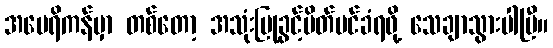
အမေရိကန်မှာ တစ်တော့ အသုံးပြုခွင့်ပိတ်ပင်ခံရဖို့ သေချာသွားပါပြီ။